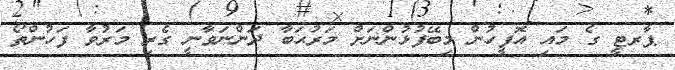
ޕާރޓީ ގެ މައި އޮފީހުން މިބޭފުޅުންނަށް މަރުޙަބާ ދަންނަވާނީ ގެރި މަރުވާ ފަހުންތޯ